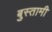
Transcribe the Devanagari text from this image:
बुस्तामी